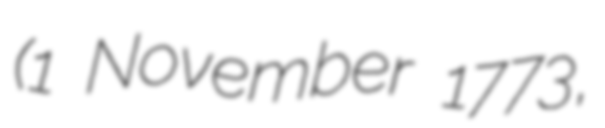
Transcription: (1 November 1773,